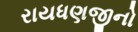
રાયધણજીનો